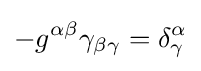
-g^{\alpha \beta }\gamma _{\beta \gamma }=\delta _{\gamma }^{\alpha }